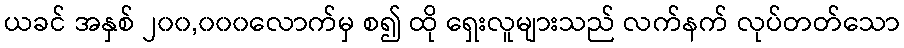
ယခင် အနှစ် ၂၀၀,၀၀၀လောက်မှ စ၍ ထို ရှေးလူများသည် လက်နက် လုပ်တတ်သော